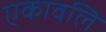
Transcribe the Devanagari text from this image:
एकावलि